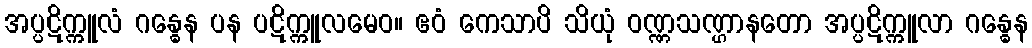
အပ္ပဋိက္ကူလံ ဂန္ဓေန ပန ပဋိက္ကူလမေဝ။ ဧဝံ ကေသာပိ သိယုံ ဝဏ္ဏသဏ္ဌာနတော အပ္ပဋိက္ကူလာ ဂန္ဓေန